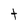
Character: t